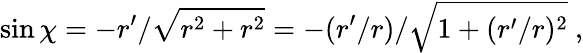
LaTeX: \sin\chi=-r^{\prime}/\sqrt{r^{2}+r^{2}}=-(r^{\prime}/r)/\sqrt{1+(r^{\prime}/r)^{2}}\ ,